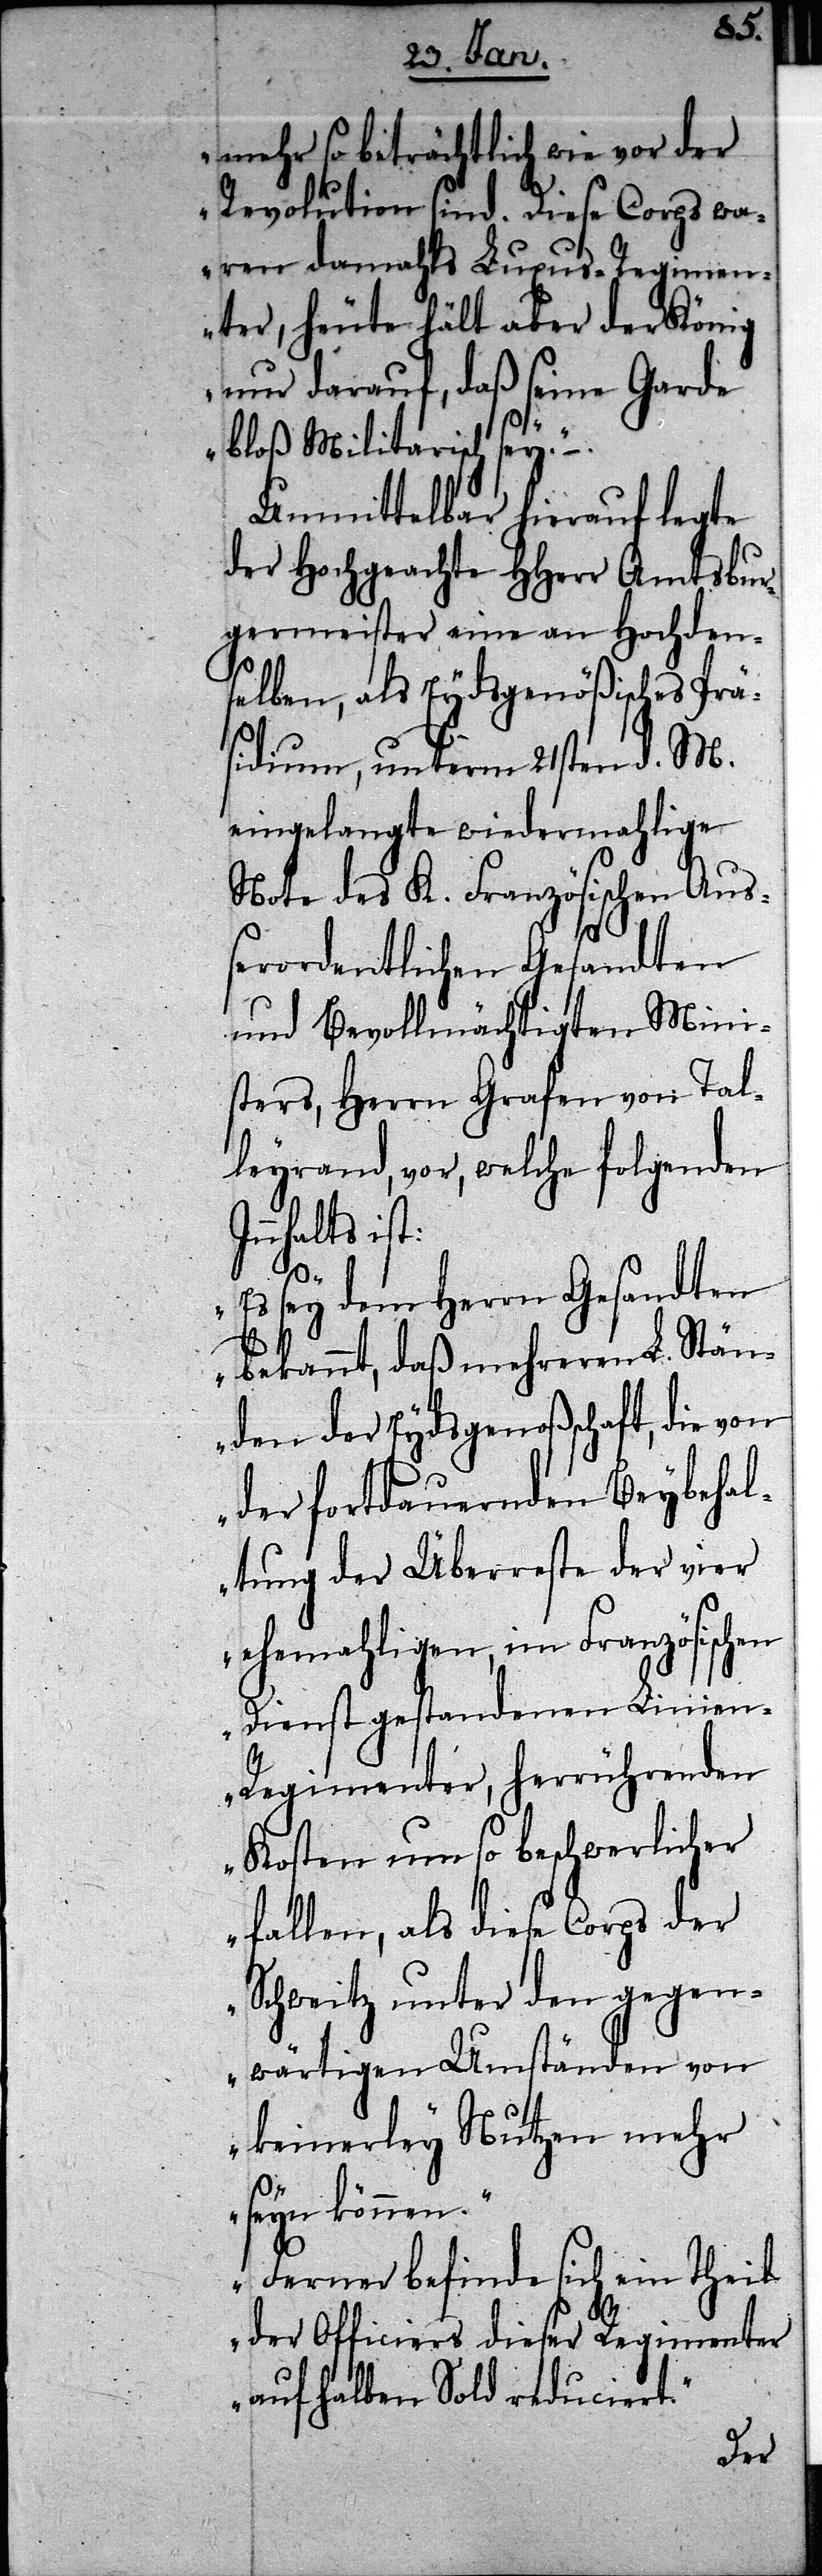
In¬

mehr so beträchtlich wie vor der
Revolution sind. Diese Corps wa¬
ren damahls Luxus-Regimen¬
ter, heute hält aber der König
nur darauf, daß seine Garde
bloß Militarisch sey.“
Unmittelbar hierauf legte
der Hochgeachte HHerr Amtsbur¬
germeister eine an Hochden¬
selben, als Eydsgenößisches Prä¬
sidium, unterm 21sten d. M.
eingelangte wiedermahlige
Note des K. Französischen Auß¬
erordentlichen Gesandten
und Bevollmächtigten Mini¬
sters, Herrn Grafen von Tal¬
leyrand, vor, welche folgenden
nhalts ist:
„Es sey dem Herrn Gesandten
bekannt, daß mehreren L. Stän¬
den der Eydsgenoßschaft, die von
der fortdauernden Beybehal¬
tung der Überreste der vier
ehemahligen, im Französischen
Dienst gestandenen Linie¬
n-Regimenter, herrührenden
Kosten um so beschwerlicher
fallen, als diese Corps der
Schweitz unter den gegen¬
wärtigen Umständen von
keinerley Nutzen mehr
seyn können.“
„Ferner befinde sich ein Theil
der Officiers dieser Regimenter
auf halben Sold reduciert.“